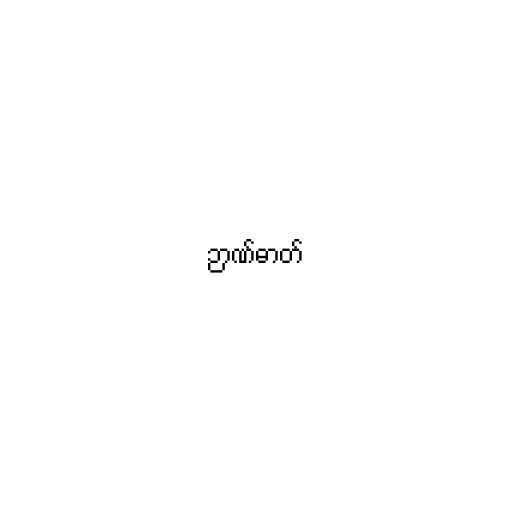
ဉာဏ်ဓာတ်